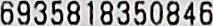
6935818350846